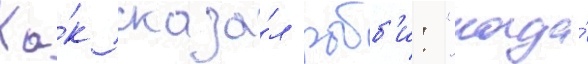
Ка́к сказа́л робб'и: "когда́